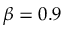
\beta = 0 . 9